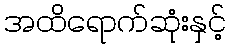
အထိရောက်ဆုံးနှင့်